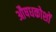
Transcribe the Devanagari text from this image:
औषधकोशों